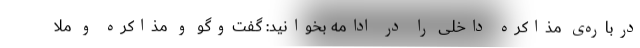
درباره‌ی مذاکره داخلی را در ادامه بخوانید: گفت‌وگو و مذاکره و ملا